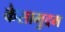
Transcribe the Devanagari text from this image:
केसामुद्रम